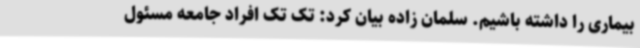
بیماری را داشته باشیم. سلمان زاده بیان کرد: تک تک افراد جامعه مسئول